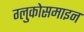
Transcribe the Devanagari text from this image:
ग्लुकोसमाइन